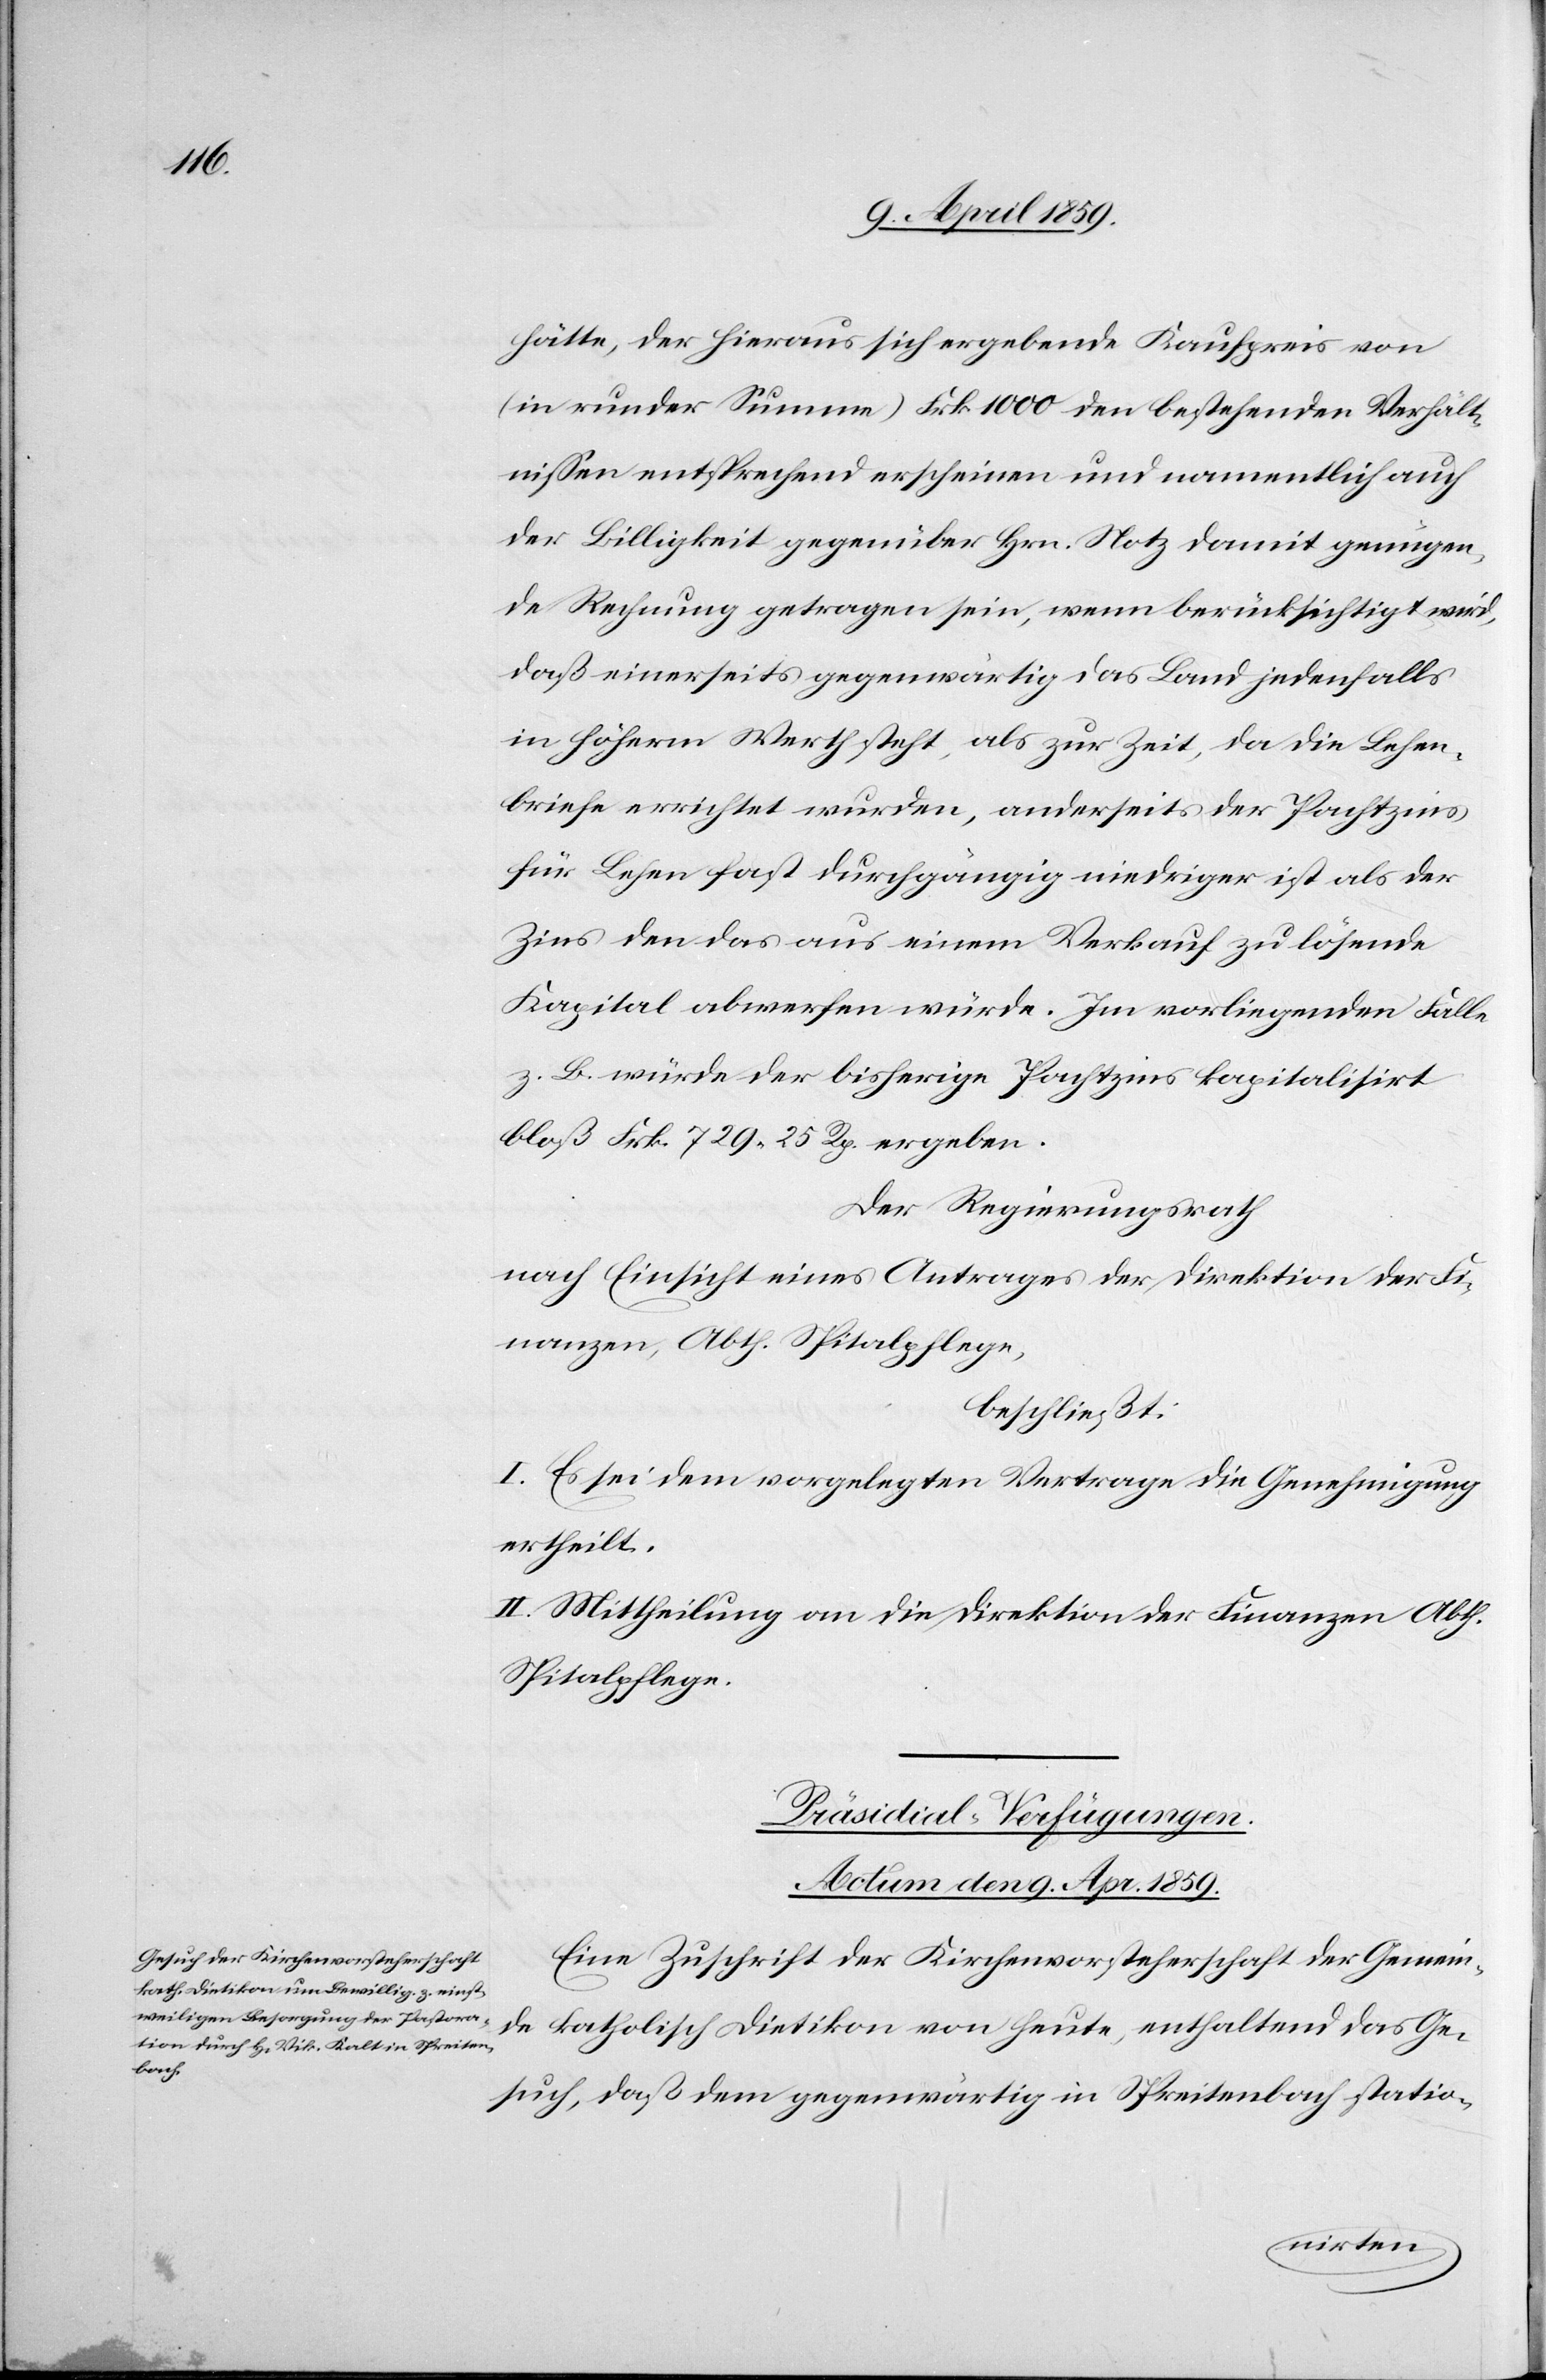
hätte, der hieraus sich ergebende Kaufpreis von
(in runder Summe) Frk. 1000 den bestehenden Verhält¬
nißen entsprechend erscheinen und namentlich auch
daß einerseits gegenwärtig das Land jedenfalls
in höherm Werth steht, als zur Zeit, da die Lehen¬
briefe errichtet wurden, anderseits der Pachtzins
für Lehen fast durchgängig niedriger ist als der
Zins den das aus einem Verkauf zu losende
Kapital abwerfen würde. Im vorliegenden Falle
z. B. würde der bisherige Pachtzins kapitalisirt
bloß Frk. 729 25 Rp. ergeben.
Der Regierungsrath
nach Einsicht eines Antrages der Direktion der Fi¬
nanzen, Abth. Spitalpflege,
beschließt:
I. Es sei dem vorgelegten Vertrage die Genehmigung
ertheilt.
II. Mittheilung an die Direktion der Finanzen Abth.
Spitalpflege.
Präsidial-Verfügungen.
Actum den 9. Apr. 1859.
Eine Zuschrift der Kirchenvorsteherschaft der Gemein¬
de katholisch Dietikon von heute, enthaltend das Ge¬
such, daß dem gegenwärtig in Spreitenbach statio-